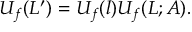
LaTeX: U _ { f } ( L ^ { \prime } ) = U _ { f } ( l ) U _ { f } ( L ; A ) .